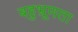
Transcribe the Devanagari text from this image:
बहुभ्रूणता